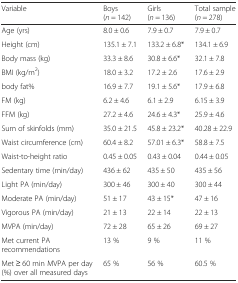
| Variable | Boys (n = 142) | Girls (n = 136) | Total sample (n = 278) |
 | --- | --- | --- | --- |
 | Age (yrs) | 8.0 ± 0.6 | 7.9 ± 0.7 | 7.9 ± 0.7 |
 | Height (cm) | 135.1 ± 7.1 | 133.2 ± 6.8* | 134.1 ± 6.9 |
 | Body mass (kg) | 33.3 ± 8.6 | 30.8 ± 6.6* | 32.1 ± 7.8 |
 | BMI (kg/m2) | 18.0 ± 3.2 | 17.2 ± 2.6 | 17.6 ± 2.9 |
 | body fat% | 16.9 ± 7.7 | 19.1 ± 5.6* | 17.9 ± 6.8 |
 | FM (kg) | 6.2 ± 4.6 | 6.1 ± 2.9 | 6.15 ± 3.9 |
 | FFM (kg) | 27.2 ± 4.6 | 24.6 ± 4.3* | 25.9 ± 4.6 |
 | Sum of skinfolds (mm) | 35.0 ± 21.5 | 45.8 ± 23.2* | 40.28 ± 22.9 |
 | Waist circumference (cm) | 60.4 ± 8.2 | 57.01 ± 6.3* | 58.8 ± 7.5 |
 | Waist-to-height ratio | 0.45 ± 0.05 | 0.43 ± 0.04 | 0.44 ± 0.05 |
 | Sedentary time (min/day) | 436 ± 62 | 435 ± 50 | 435 ± 56 |
 | Light PA (min/day) | 300 ± 46 | 300 ± 40 | 300 ± 44 |
 | Moderate PA (min/day) | 51 ± 17 | 43 ± 15* | 47 ± 16 |
 | Vigorous PA (min/day) | 21 ± 13 | 22 ± 14 | 22 ± 13 |
 | MVPA (min/day) | 72 ± 28 | 65 ± 26 | 69 ± 27 |
 | Met current PA recommendations | 13 % | 9 % | 11 % |
 | Met ≥ 60 min MVPA per day (%) over all measured days | 65 % | 56 % | 60.5 % |